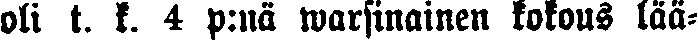
oli t. k. 4 p:nä warsinainen kokous lää-